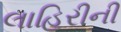
લાહિરીની